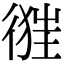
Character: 𢔷